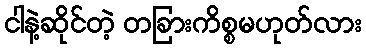
ငါနဲ့ဆိုင်တဲ့ တခြားကိစ္စမဟုတ်လား